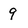
Character: 9